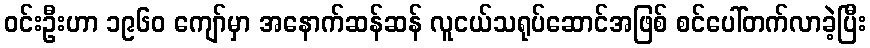
ဝင်းဦးဟာ ၁၉၆၀ ကျော်မှာ အနောက်ဆန်ဆန် လူငယ်သရုပ်ဆောင်အဖြစ် စင်ပေါ်တက်လာခဲ့ပြီး